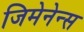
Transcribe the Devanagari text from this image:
जिमेनेन्स